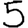
Digit: 5